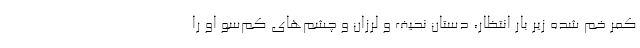
کمر خم شده زیر بار انتظار، دستان نحیف و لرزان و چشم‌های کم‌سو او را